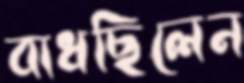
বাধছিলেন